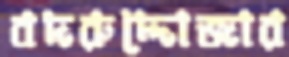
বদরুদ্দোজার